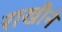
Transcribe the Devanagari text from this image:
राखीने